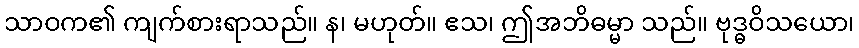
သာဝက၏ ကျက်စားရာသည်။ န၊ မဟုတ်။ ဧသ၊ ဤအဘိဓမ္မာ သည်။ ဗုဒ္ဓဝိသယော၊